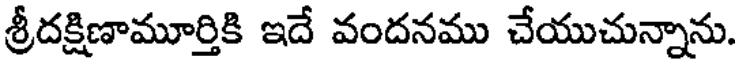
శ్రీదక్షిణామూర్తికి ఇదే వందనము చేయుచున్నాను.